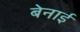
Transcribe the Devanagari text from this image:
बेनाई